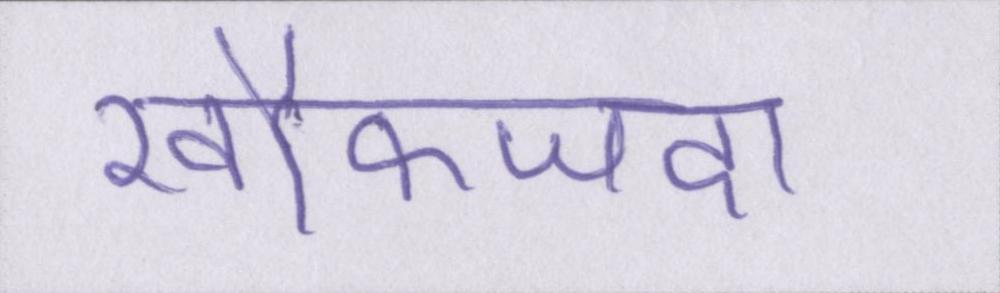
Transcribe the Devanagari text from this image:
खौफजदा